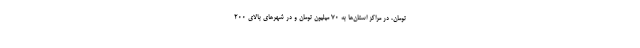
تومان، در مراکز استان‌ها به ۷۰ میلیون تومان و در شهرهای بالای ۲۰۰